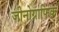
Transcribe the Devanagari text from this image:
जीनोग्राफिक